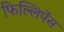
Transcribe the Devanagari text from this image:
फिल्लिपेंस